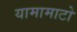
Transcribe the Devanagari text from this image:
यामामाटो